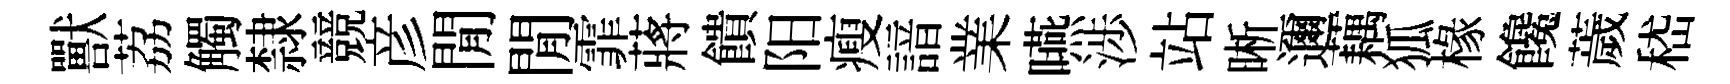
獸荔觸隸競彦閒閒霏蔣饋阳瘦諳業嚥渉站晰邇藕狐椽饞薉嵇